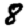
Digit: 8